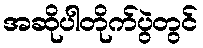
အဆိုပါတိုက်ပွဲတွင်